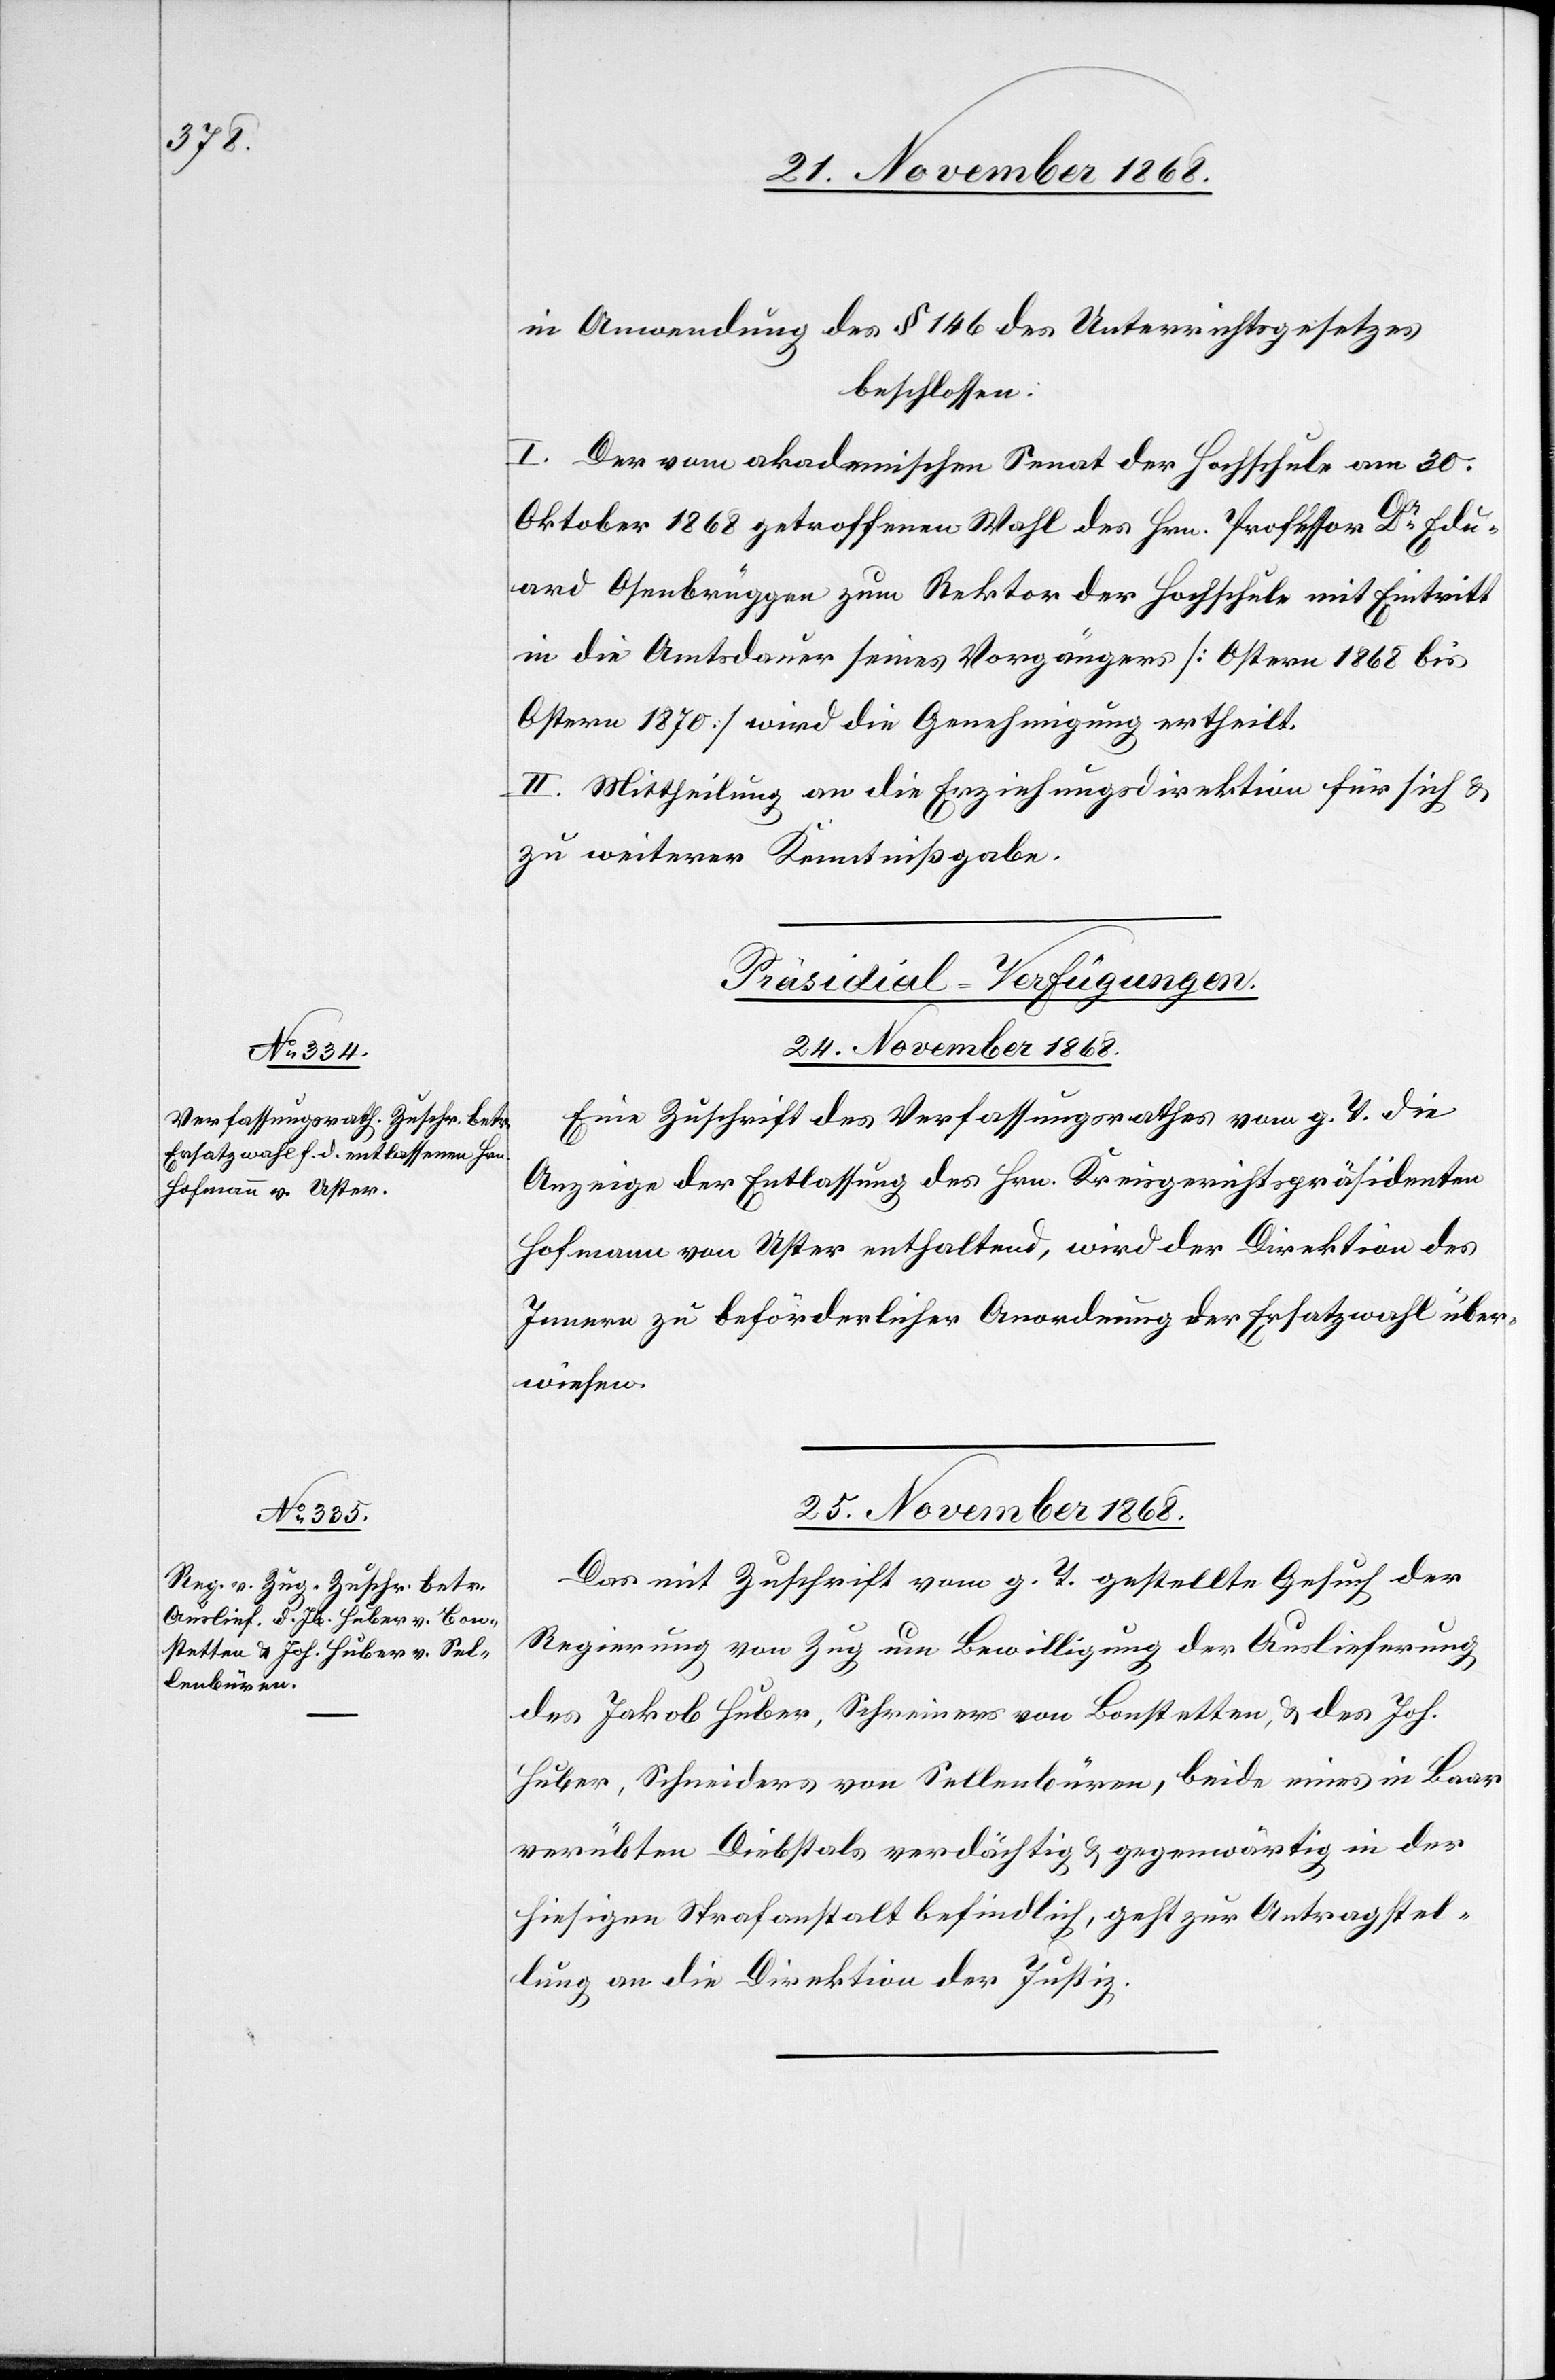
in Anwendung des § 146 des Unterrichtsgesetzes
beschlossen:
I. Der vom akademischen Senat der Hochschule am 30.
Oktober 1868 getroffenen Wahl des Hrn. Professor Dr Edu¬
ard Osenbrüggen zum Rektor der Hochschule mit Eintritt
in die Amtsdauer seines Vorgängers [Ostern 1868 bis
Ostern 1870] wird die Genehmigung ertheilt.
II. Mittheilung an die Erziehungsdirektion für sich &
zu weiterer Kenntnißgabe.
[Präsidial-Verfügungen.]
24. November 1868.
Eine Zuschrift des Verfassungsrathes vom g. T. die
Anzeige der Entlassung des Hrn. Kreisgerichtspräsidenten
Hofmann von Uster enthaltend, wird der Direktion des
Innern zu beförderlicher Anordnung der Ersatzwahl über¬
wiesen.
25. November 1868.
Das mit Zuschrift vom g. T. gestellte Gesuch der
Regierung von Zug um Bewilligung der Auslieferung
des Jakob Huber, Schreiners von Bonstetten, & des Joh.
Huber, Schneiders von Sellenbüren, beide eines in Baar
verübten Diebstals verdächtig & gegenwärtig in der
hiesigen Strafanstalt befindlich, geht zur Antragstel¬
lung an die Direktion der Justiz.